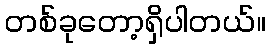
တစ်ခုတော့ရှိပါတယ်။